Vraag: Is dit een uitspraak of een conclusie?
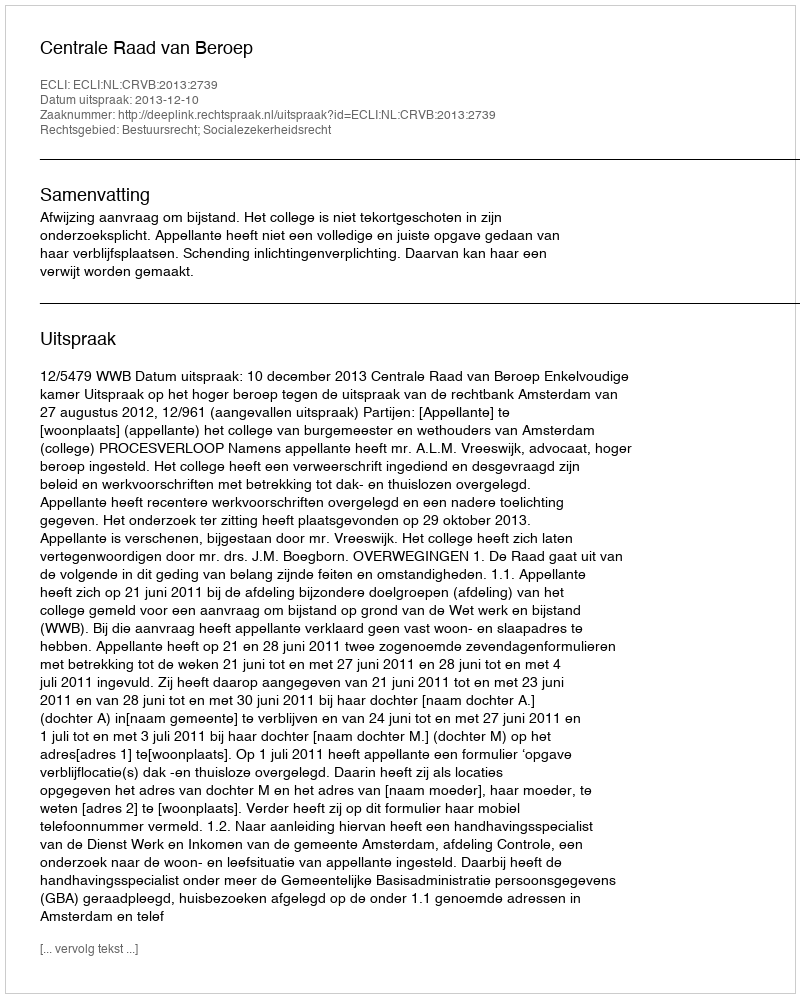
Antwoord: Uitspraak